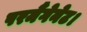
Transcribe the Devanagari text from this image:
परमैंगेनेट।